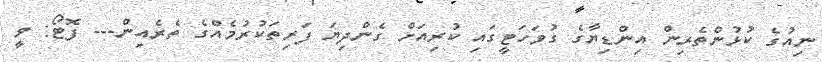
ނިއުގެ ކުޅުންތެރިން އިންޑިޔާގެ ގުވަހަޓީގައި ކުރިއަށް ގެންދިޔަ ފަރިތަކުރުމެއްގެ ތެރެއިން--- ފޮޓޯ: ވީ